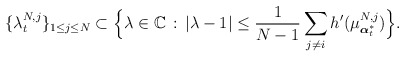
\begin{align*}\{\lambda_{t}^{N,j}\}_{1\leq j\leq N}\subset \Big\{\lambda\in\mathbb C\,:\,\left|\lambda-1\right|\leq \frac{1}{N-1}\sum_{j\not =i} h'(\mu^{N,j}_{\boldsymbol{\alpha}^*_t}) \Big\}.\end{align*}